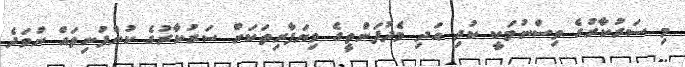
މި ސަރުކާރުގެ ވިސްނުމަކީ ކުދި އަދި މެދުފަންތީގެ ވިޔަފާރިތަކަށް ސަރުކާރުގެ ކުންފުނިތައް ނުވަދެ